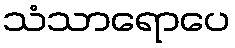
သံသာရောပေ